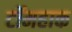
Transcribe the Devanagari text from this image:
टॉमहाक